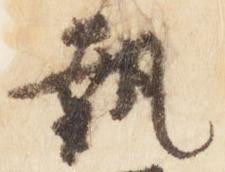
執